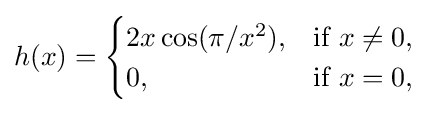
h(x)={\begin{cases}2x\cos(\pi /x^{2}),&{\text{if }}x\neq 0,\\0,&{\text{if }}x=0,\end{cases}}